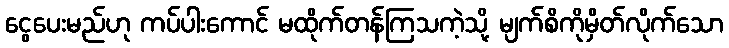
ငွေပေးမည်ဟု ကပ်ပါးကောင် မထိုက်တန်ကြသကဲ့သို့ မျက်စိကိုမှိတ်လိုက်သော